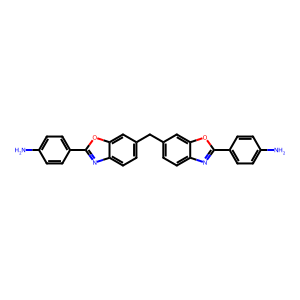
SMILES: Nc1ccc(-c2nc3ccc(Cc4ccc5nc(-c6ccc(N)cc6)oc5c4)cc3o2)cc1
Inhibits HIV replication: No